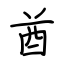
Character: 酋